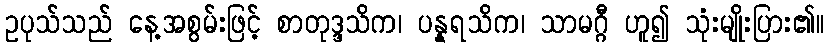
ဥပုသ်သည် နေ့အစွမ်းဖြင့် စာတုဒ္ဒသိက၊ ပန္နရသိက၊ သာမဂ္ဂီ ဟူ၍ သုံးမျိုးပြား၏။